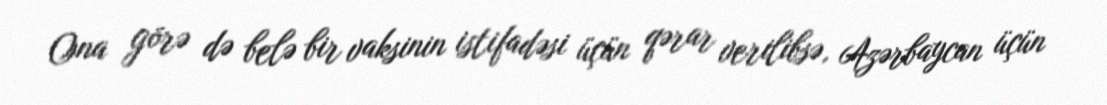
Ona görə də belə bir vaksinin istifadəsi üçün qərar verilibsə, Azərbaycan üçün